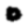
Digit: 0